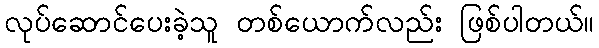
လုပ်ဆောင်ပေးခဲ့သူ တစ်ယောက်လည်း ဖြစ်ပါတယ်။